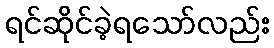
ရင်ဆိုင်ခဲ့ရသော်လည်း